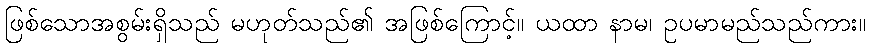
ဖြစ်သောအစွမ်းရှိသည် မဟုတ်သည်၏ အဖြစ်ကြောင့်။ ယထာ နာမ၊ ဥပမာမည်သည်ကား။